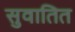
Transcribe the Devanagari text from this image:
सुवातित